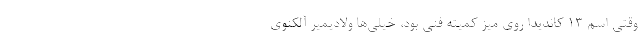
وقتی اسم ۱۳ کاندیدا روی میز کمیته فنی بود، خیلی‌ها ولادیمیر آلکنوی